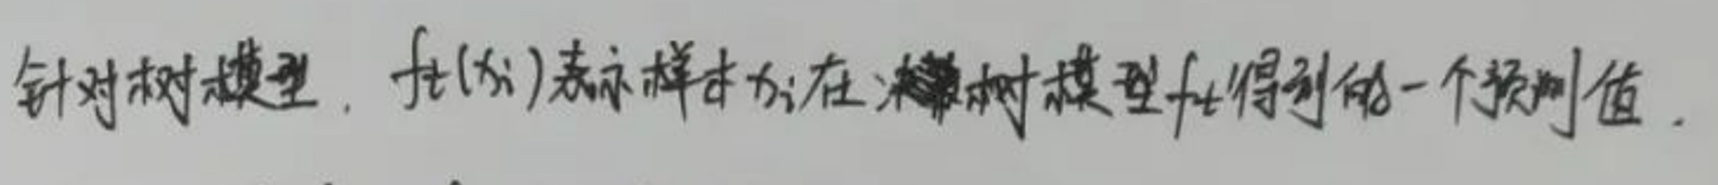
针对树模型，$f_t(x_i)$表示样本$x_i$在决策树模型$f_t$得到的一个预测值。